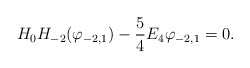
\begin{align*}H_0H_{-2}(\varphi_{-2,1})-\frac 54 E_4\varphi_{-2,1}=0.\end{align*}